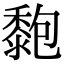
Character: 𪏶